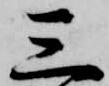
三